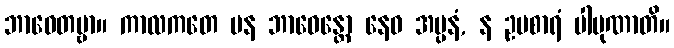
ဘာဝေတဗ္ဗာ။ ကာလကတေ ပန ဘာဝေန္တော နေဝ အပ္ပနံ, န ဥပစာရံ ပါပုဏာတိ။